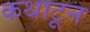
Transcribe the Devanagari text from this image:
कथाटून